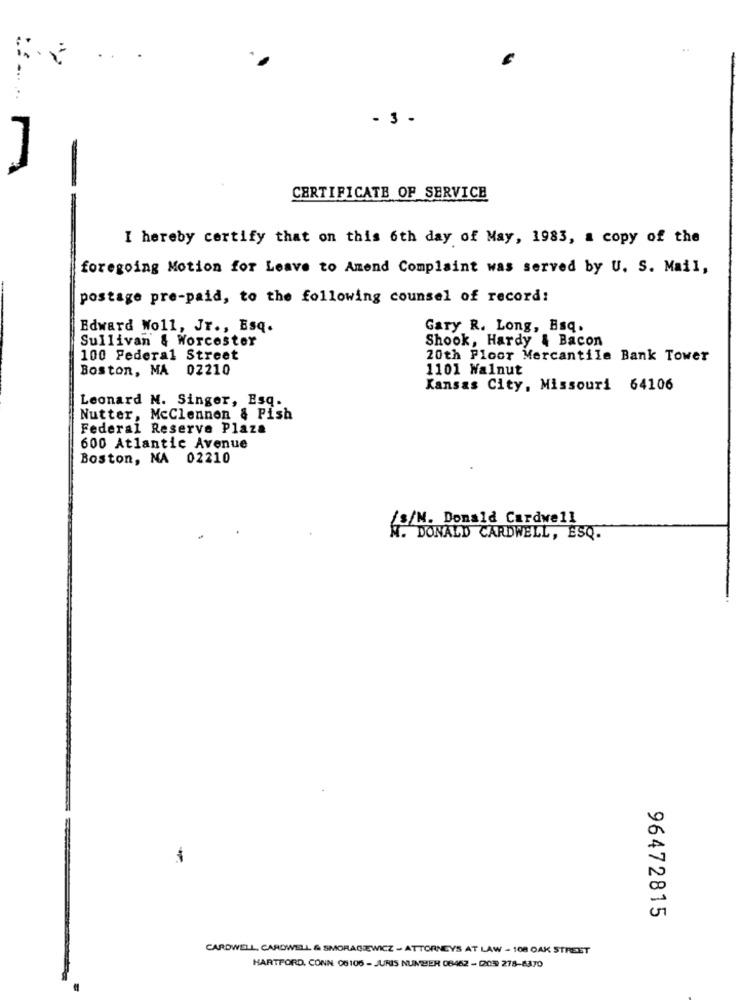
.. .
- 3 -
CERTIFICATE OF SERVICE
I hereby certify that on this 6th day of May, 1983, a copy of the
foregoing Motion for Leave to Amend Complaint was served by U. S. Mail,
postage pre-paid, to the following counsel of record:
Edward Woll, Jr ., Esq.
Gary R. Long, Bsq.
Sullivan & Worcester
Shook, Hardy & Bacon
100 Federal Street
20th Floor Mercantile Bank Tower
Boston, MA 02210
1101 Walnut
Kansas City, Missouri 64106
Leonard N. Singer, Esq.
Nutter, McClennon & Fish
Federal Reserve Plaza
600 Atlantic Avenue
Boston, MA 02210
/S/M. Donald Cardwell
N. DONALD CARDWELL, ESQ.
-
96472815
CARDWELL, CARDWELL & SMORACEWICZ - ATTORNEYS AT LAW - 108 OAK STREET
HARTFORD, CONN. 06106 - JURIS NUNZIEH 08462 - 1203 278-8370